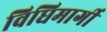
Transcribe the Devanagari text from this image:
विधिमार्गी